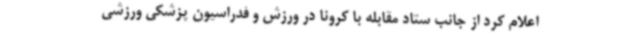
اعلام کرد از جانب ستاد مقابله با کرونا در ورزش و فدراسیون پزشکی ورزشی